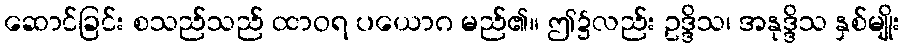
ဆောင်ခြင်း စသည်သည် ထာဝရ ပယောဂ မည်၏။ ဤ၌လည်း ဥဒ္ဒိသ၊ အနုဒ္ဒိသ နှစ်မျိုး